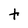
Character: t